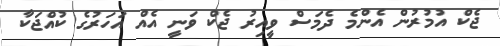
ޖެކް އުމުރުން އެންމެ ދެމަސް ވީއިރު ޖެކް ވަނީ އެއް އަހަރުގެ ކުއްޖަކާ